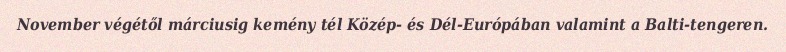
November végétől márciusig kemény tél Közép- és Dél-Európában valamint a Balti-tengeren.